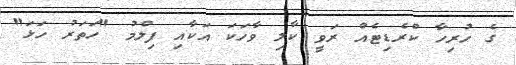
ގެ ހުރިހާ ކްރެޑިޓެއް ރަވީ ކާލި ވާހަކަ އަކާއި ފިލްމު "ހަތަރު ހަޅަ"